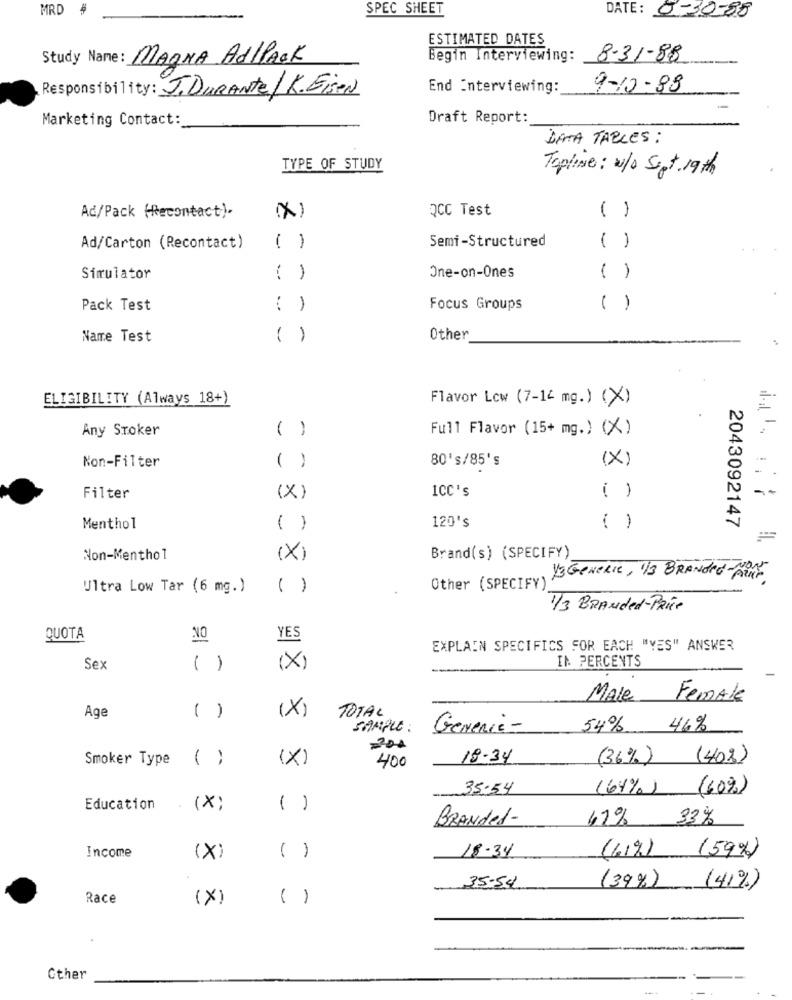
MRD
SPEC SHEET
DATE: 0-30-88
ESTIMATED DATES
Study Name: MAGNA Ad/PACK
Begin Interviewing: 8-31-88
End Interviewing:
9-10-89
Responsibility: J. DURANTE/K. Eisen
Marketing Contact:
Draft Report:
DATA TABLES :
TYPE OF STUDY
Topline: w/o Sigt 19th
QCC Test
( )
Ad/Pack (Recontact).
Semi-Structured
Ad/Carton (Recontact)
( )
( )
Simulator
( )
One-on-Ones
( )
Pack Test
( )
Focus Groups
( )
Name Test
( )
Other
ELIGIBILITY (Always 18+)
Flavor Low (7-14 mg.) (X)
Any Stoker
( )
Full Flavor (15+ mg.) (X)
80's/85's
(X)
Non-Filter
( )
-
--
Filter
(X)
1CC's
( )
Menthol
( )
120's
( )
2043092147
Non-Menthol
(X)
Brand(s) (SPECIFY)
13 Generic, 1/3 BRANded-ARAP
Ultra Low Tar (6 mg.)
( )
Other (SPECIFY)
1/3 BRANded-Price
QUOTA
NO
YES
EXPLAIN SPECIFICS FOR EACH "YES" ANSWER
Sex
( )
(X)
IN PERCENTS
Male
Female
Age
(X)
TOTAL
( )
SAMPLE :
Generic -
54%
46%
200
Smoker Type
( )
(X)
400
18-34
(36%)
(40%)
35.54
(64%) (60%)
Education
(X)
( )
BRANded-
41% 33%
Income
(61%) (59%)
(X)
( )
18.34
(39%)
35.54
(41%)
Race
(X)
( )
Cther